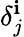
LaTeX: \delta_{j}^{\mathbf{i}}